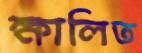
ক্ষালিত